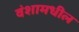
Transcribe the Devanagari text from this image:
वंशामधील